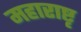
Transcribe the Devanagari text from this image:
महाराष्टृ